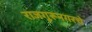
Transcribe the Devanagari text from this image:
राजगुरूनगरचे